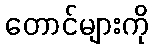
တောင်များကို